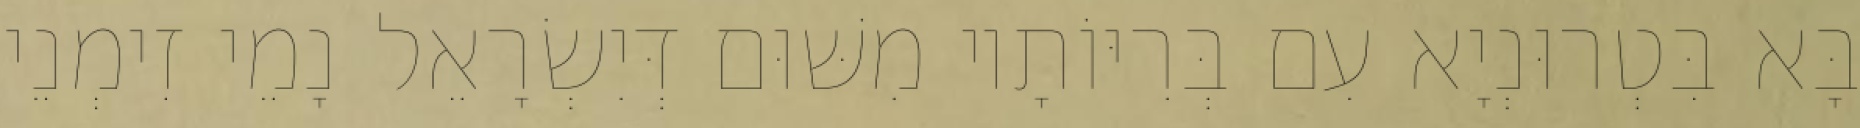
בָּא בִּטְרוּנְיָא עִם בְּרִיּוֹתָיו מִשּׁוּם דְּיִשְׂרָאֵל נָמֵי זִימְנֵי